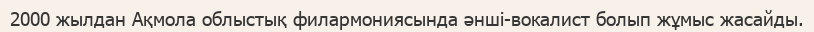
2000 жылдан Ақмола облыстық филармониясында әнші-вокалист болып жұмыс жасайды.